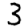
Digit: 3